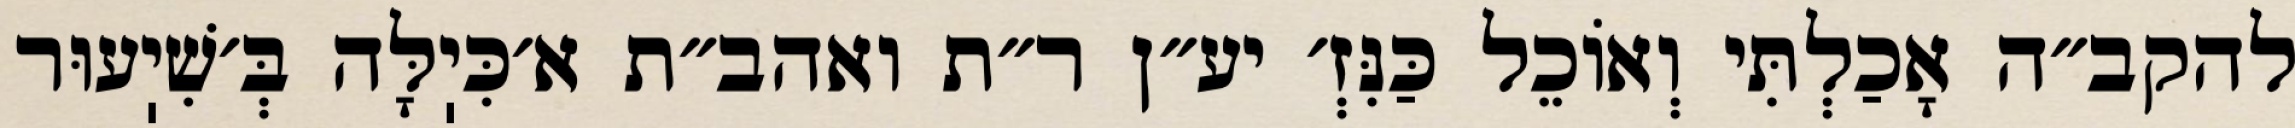
להקב״ה אָכַלְתִּי וְאוֹכֵל כַּנִּזְ׳ יע״ן ר״ת ואהב״ת א׳כִּיֽלָּה בְּ׳שִׁיֽעוּר